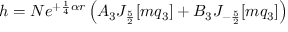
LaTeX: h = N e ^ { + \frac { 1 } { 4 } \alpha r } \left( A _ { 3 } J _ { \frac { 5 } { 2 } } [ m q _ { 3 } ] + B _ { 3 } J _ { - \frac { 5 } { 2 } } [ m q _ { 3 } ] \right)